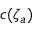
c ( \zeta _ { a } )